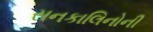
સનકાલિનોની